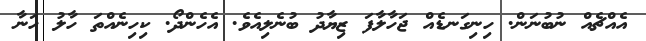
އެއްޗެއް ނުބުނަން. ހިނިގަނޑެއް ޖަހާލާފަ ޒިޔާދު ބުނެލިއެވެ. އެހެންދޯ. ކިހިނެއްތަ ހާލު ހަނާ